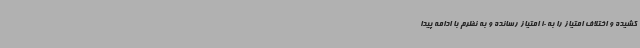
کشیده و اختلاف امتیاز را به 10 امتیاز رسانده و به نظرم با ادامه پیدا